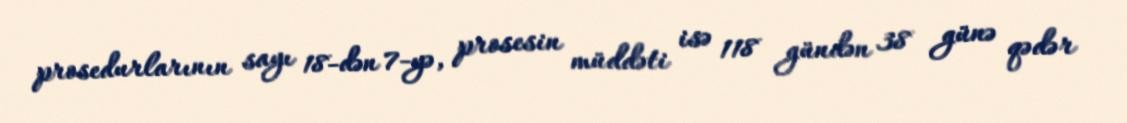
prosedurlarının sayı 18-dən 7-yə, prosesin müddəti isə 118 gündən 38 günə qədər